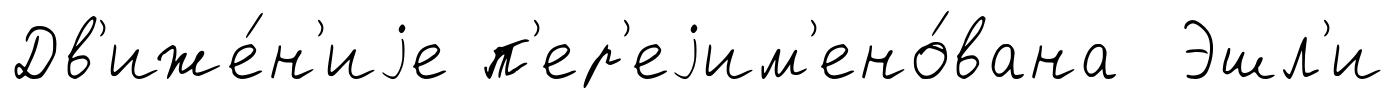
Дв'иже́н'иjе п'ер'еjим'ено́вана Эшл'и